Vaccination in Bombay 1913-1923 - 1913-1923
Year: 1913
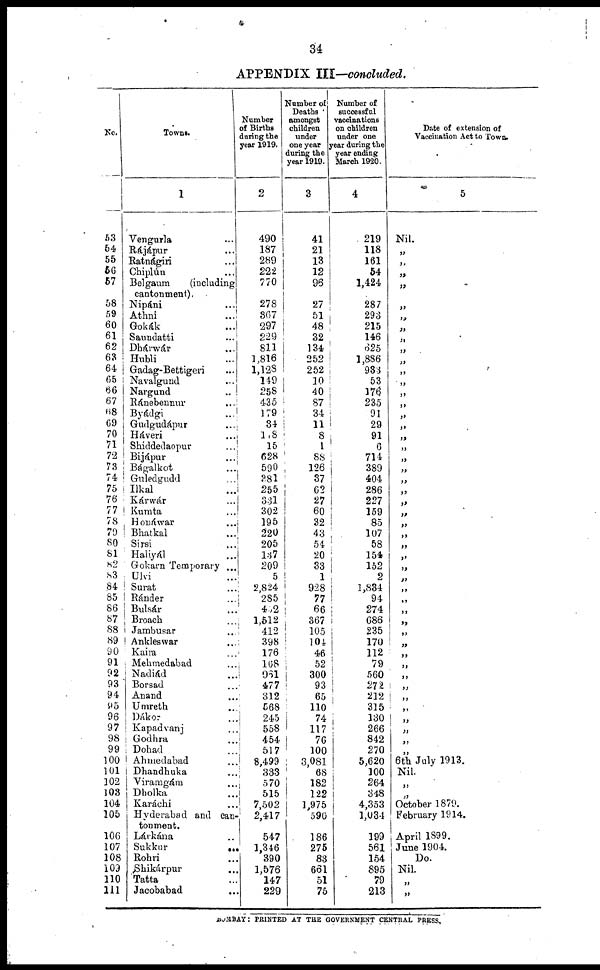
34
APPENDIX III—concluded.
No.
53
54
55
56
57
58
59
60
61
62
63
64
65
66
67
68
69
70
71
72
73
74
75
76
77
78
79
80
81
82
83
84
85
86
87
88
89
90
91
92
93
94
95
96
97
98
99
100
101
102
103
104
105
106
107
108
109
110
111
Towns.
1
Vengurla ...
Rájápur ...
Ratnágiri ...
Chiplún ...
Belgaum
(including
cantonment).
Nipáni ...
Athni
...
Gokák ...
Saundatti ...
Dhárwár ...
Hubli ...
Gadag-Bettigeri ...
Navalgund
...
Nargund
..
Ránebennur
...
Byádgi
...
Gudgudápur
...
Háveri
...
Shiddedaopur
...
Bijápur
...
Bágalkot
...
Guledgudd
...
Ilkal
...
Kárwár
...
Kumta
...
Honáwar
...
Bhatkal
...
Sirsi
...
Haliyál ...
Gokarn Temporary ...
Ulvi
...
Surat ...
Ránder
...
Bulsár
...
Broach
...
Jambusar
...
Ankleswar
...
Kaim
...
Mehmedabad ...
Nadiád ...
Borsad ...
Anand ...
Umreth ...
Dákor ...
Kapadvanj ...
Godhra ...
Dohad ...
Ahmedabad ...
Dhandhuka ...
Viramgám ...
Dholka ...
Karáchi ...
Hyderabad and can-
tonment.
Lárkána ...
Sukkur
...
Rohri ...
Shikárpur ...
Tatta ...
Jacobabad ...
Number
of Births
during the
year 1919.
2
490
187
289
222
770
278
367
297
229
811
1,816
1,128
149
258
435
179
34
118
15
628
590
381
255
331
302
195
220
205
137
209
5
2,824
285
452
1,512
412
398
176
168
961
477
312
568
245
558
454
517
8,499
333
570
515
7,502
2,417
547
1,346
390
1,576
147
229
Number of
Deaths
amongst
children
under
one year
during the
year 1919.
3
41
21
13
12
96
27
51
48
32
134
252
252
10
40
87
34
11
8
1
88
126
37
62
27
60
32
43
54
20
33
1
928
77
66
367
105
104
46
52
300
93
65
110
74
117
76
100
3,081
68
182
122
1,975
590
186
275
83
661
51
75
Number of
successful
vaccinations
on children
under one
year during the
year ending
March 1920.
4
219
118
161
54
1,424
287
293
215
146
625
1,886
933
53
176
235
91
29
91
6
714
389
404
286
227
159
85
107
58
154
152
2
1,834
94
274
686
235
170
112
79
560
272
212
315
130
266
842
270
5,620
100
264
348
4,353
1,034
199
561
154
895
79
213
Date of extension of
Vaccination Act to Town.
5
Nil.
„
„
„
„
„
„
„
„
„
„
„
„
„
„
„
„
„
„
„
„
„
„
„
„
„
„
„
„
„
„
„
„
„
„
„
„
„
„
„
„
„
„
„
„
„
„
6th July 1913.
Nil.
„
„
October 1879.
February 1914.
April 1899.
June 1904.
Do.
Nil.
„
„
BOMBAY: PRINTED AT THE GOVERNMENT CENTRAL PRESS.